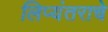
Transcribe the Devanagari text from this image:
लिप्यंतराचे